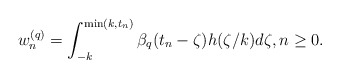
\begin{align*} w_{n}^{(q)} = \int_{-k}^{\min(k,t_{n})} \beta_q(t_{n}-\zeta) h(\zeta/k) d\zeta, n\geq 0. \end{align*}